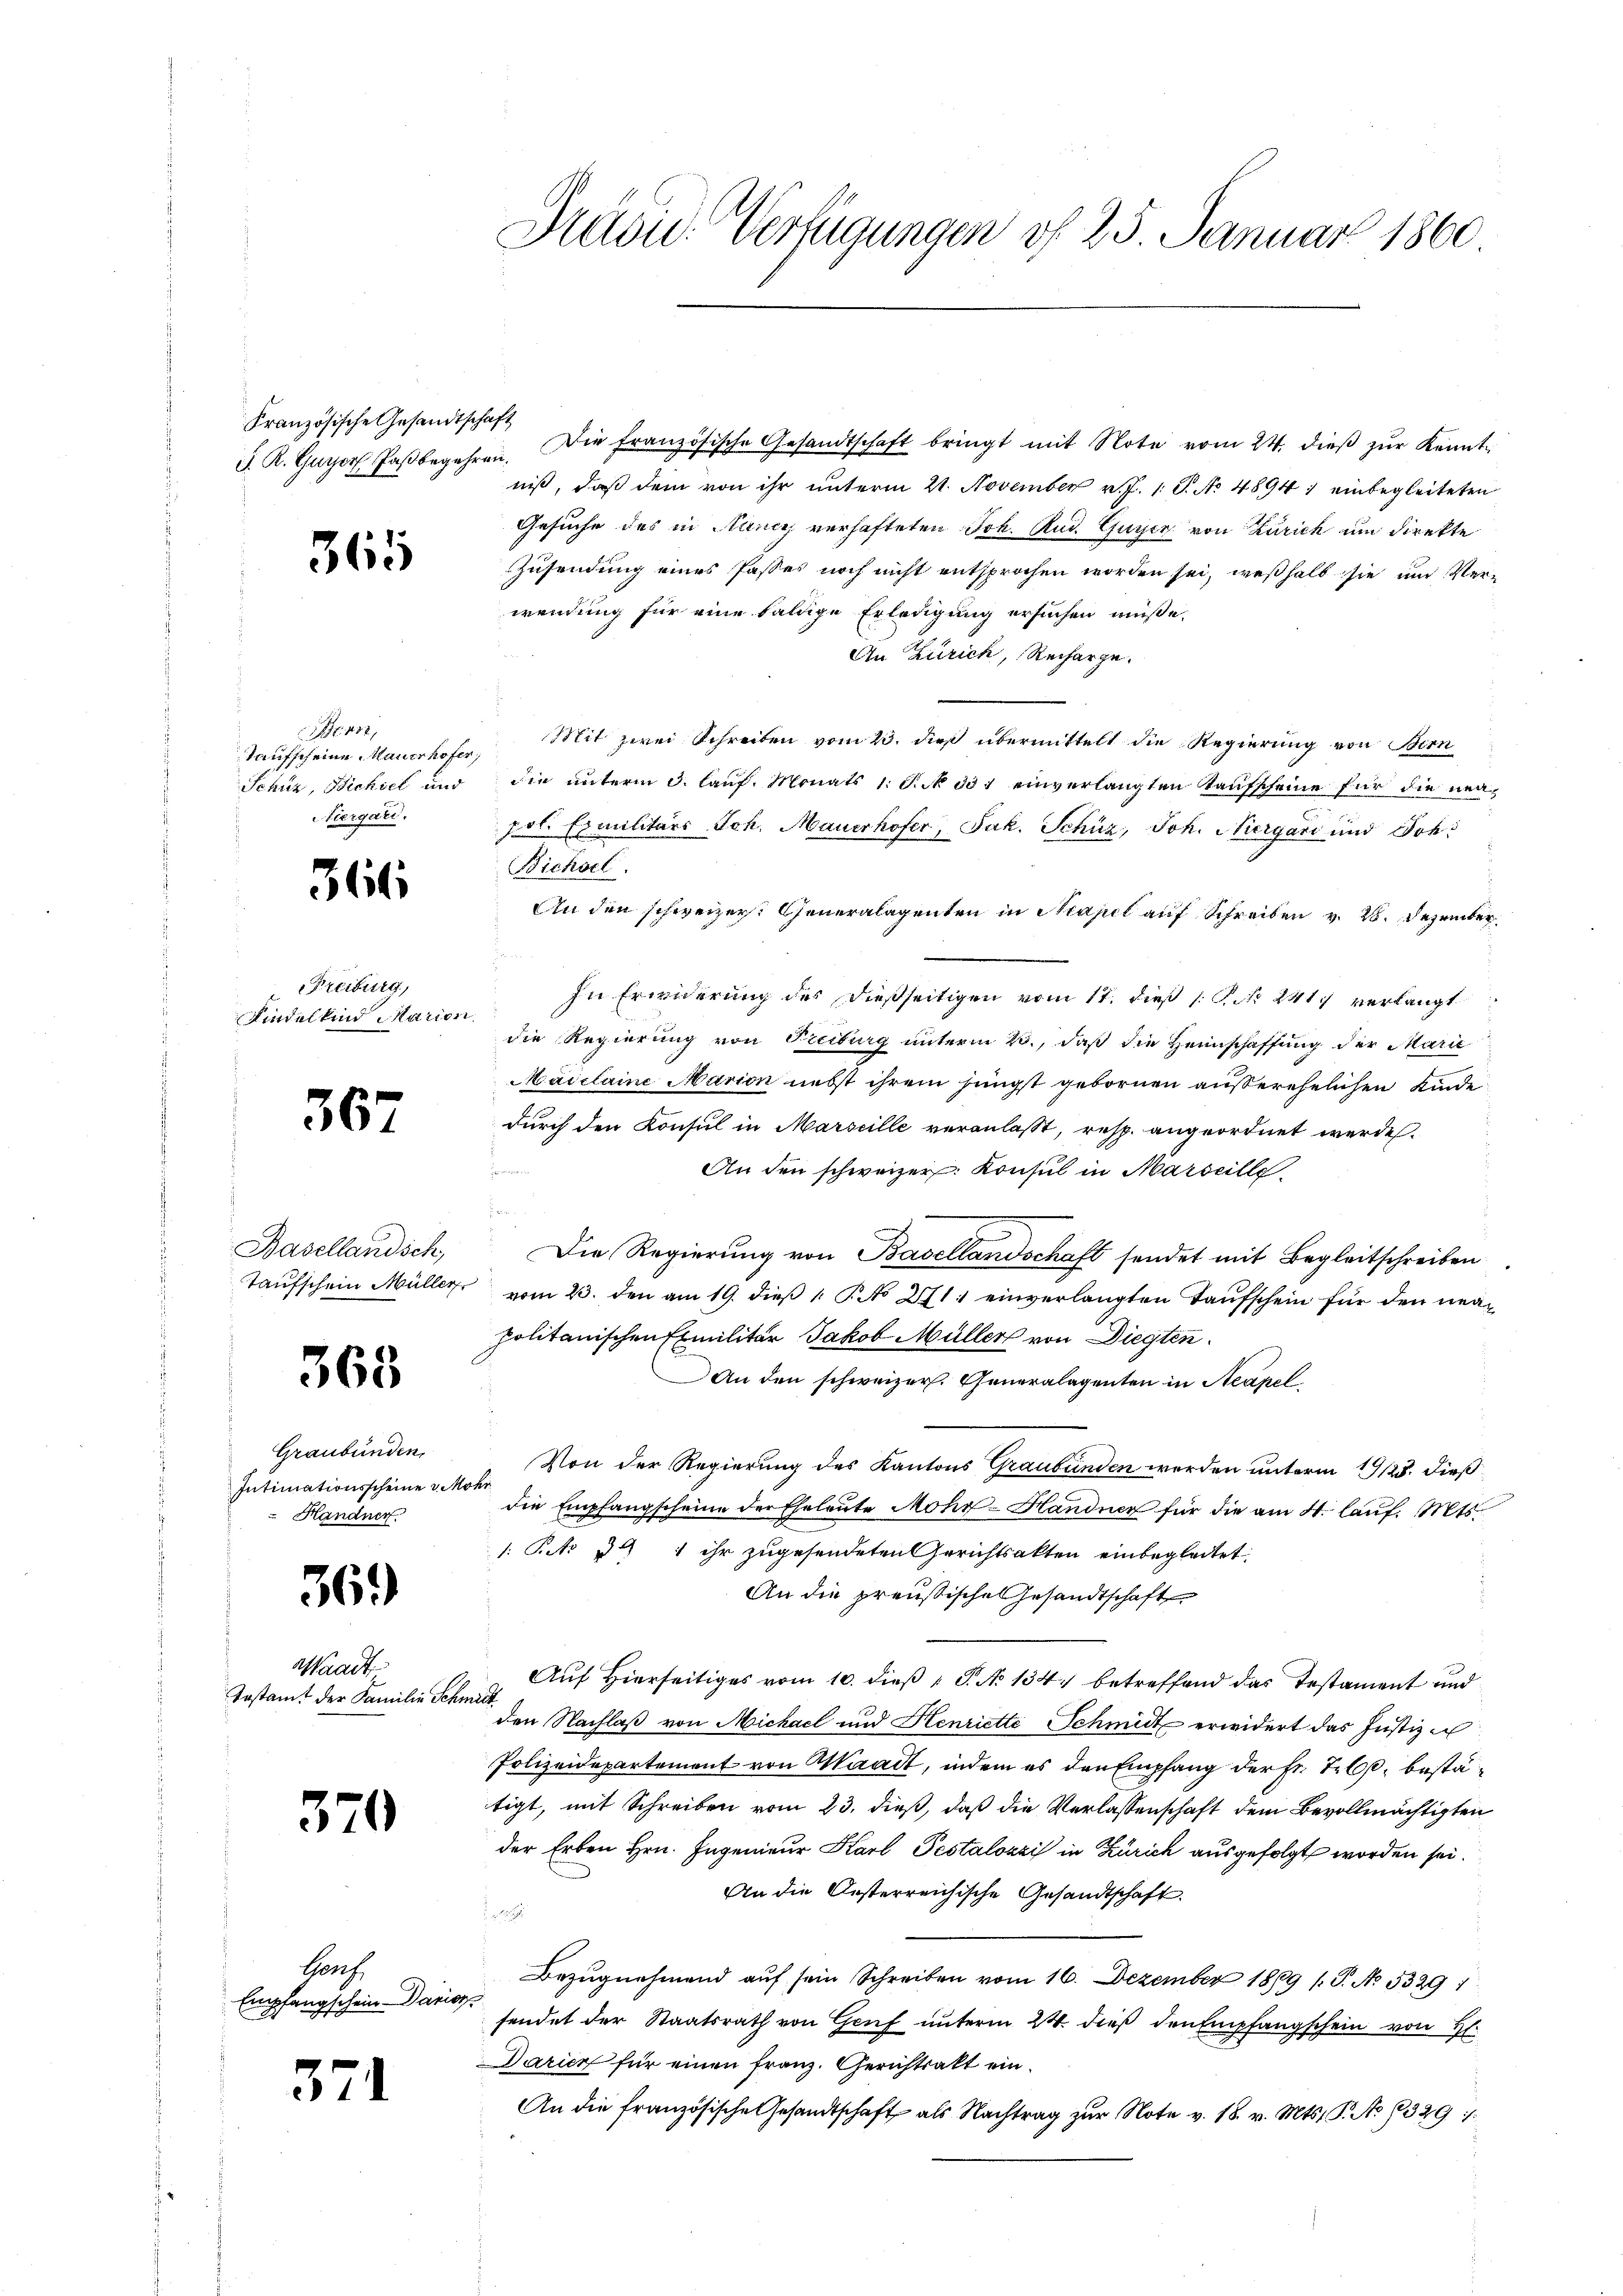
Französische Gesandtschaft

365

4,
Taufscheine Mauerhofer,
iergari.

361

Freiburg,
Kindelkind Marien.

367

Basellandsch

365

Graubünden,
Intimationsscheine v. Mohr
Handner

36.)

Waadt
Testamt der Familie Schmidt

370

Herz,
Empfangschein Darios

371

Previd. Verfügungen of 25. Januar 1860

J. R. Guyer Paßbegehren. Die französische Gesandtschaft bringt mit Note vom 24. dieβ zŭr Kennt-
niß, daß dem von ihr unterm 21. November v. J. 1. J. No. 4894) einbegleiteten
Gesuche des in Nancy verhafteten Joh. Rud. Guyer von Zürich um direkte
Zusendung eines Passes noch nicht entsprochen worden sei, weßhalb sie und Verwendung für eine baldige Erledigung ersuchen müße,
An Zürich, Recharge.
Mit zwei Schreiben vom 23. dieß übermittelt die Regierung von Bern
Schüz, Bickiel und die unterm 3. lauf. Monats 1. S. 331 einverlangten Kaufscheine für die neupol. Exmilitärs Sch. Mauerhofer, Jak. Schüz, Joh. Niergari und Joh¬
Bichsel.
An den schweizer. Generalagenten in Neapel auf Schreiben v. 28. Dezember
In Erwiderung des dießseitigen vom 17. dieß P. Nr. 241. verlangt
die Regierung von Piciburg unterm 23., daß die Heimschaffung der Marie
Maiclaine Marien nebst ihrem jüngst gebornen außerehelichen Kinde
durch den Konsul in Marseille veranlaßt, resp. angeordnet werden.
An den schweizer. Konsul in Marseille
Die Regierung von Basellandschaft sendet mit Begleitschreiben
Taufschein Müller vom 23. den am 19. dieß 1. No 271 einverlangten Taufschein für den neapolitanischen Emilitär Jakob Müller von Diegten.
An den schweizer. Generalagenten in Neapel
Von der Regierung des Kantons Graubünden werden unterm 19/23. dieß
die Empfangscheine der Eheleute Mohr-Handner für die am 4. lauf. Mts.
/: Pit 34 1 ihr zugesendeten Gerichtsakten einbegleitet
An die preußische Gesandtschaft
Auf Hierseitiges vom 10. dieß P. N. 134. betreffend das Testament und
den Nachlaß von Michael und Henriette Schmidt erwidert das Justiz-
Polizeidepartement von Waadt, indem es den Empfang der Fr. Kels, bestätigt, mit Schreiben vom 23. dieß, daß die Verlassenschaft dem Bevollmächtigten
der Erben Hrn. Ingenieur Karl Pestalozzi in Zürich ausgefolgt worden sei.
An die Oesterreichische Gesandtschaft.
d
Bezŭgnehmend aŭf sein Schreiben vom 16. Dezember 1809 /: P. No. 5329 1
fendet der Staatsrath von Genf unterm 24. dieß den Empfangschein von H
Darien für einen Franz. Gerichtsakt ein¬
An die französische Gesandtschaft als Nachtrag zur Note v. 18. v. Mts. S. No 1329 1/